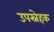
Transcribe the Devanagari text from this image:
उपस्नेहक